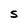
Character: S